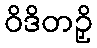
ဝိဒိတဉှိ